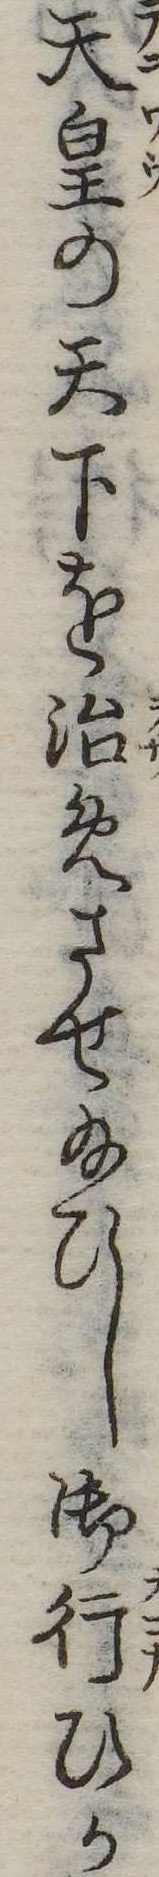
天皇の天下を治めさせ給ひし御行ひか